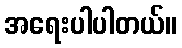
အရေးပါပါတယ်။